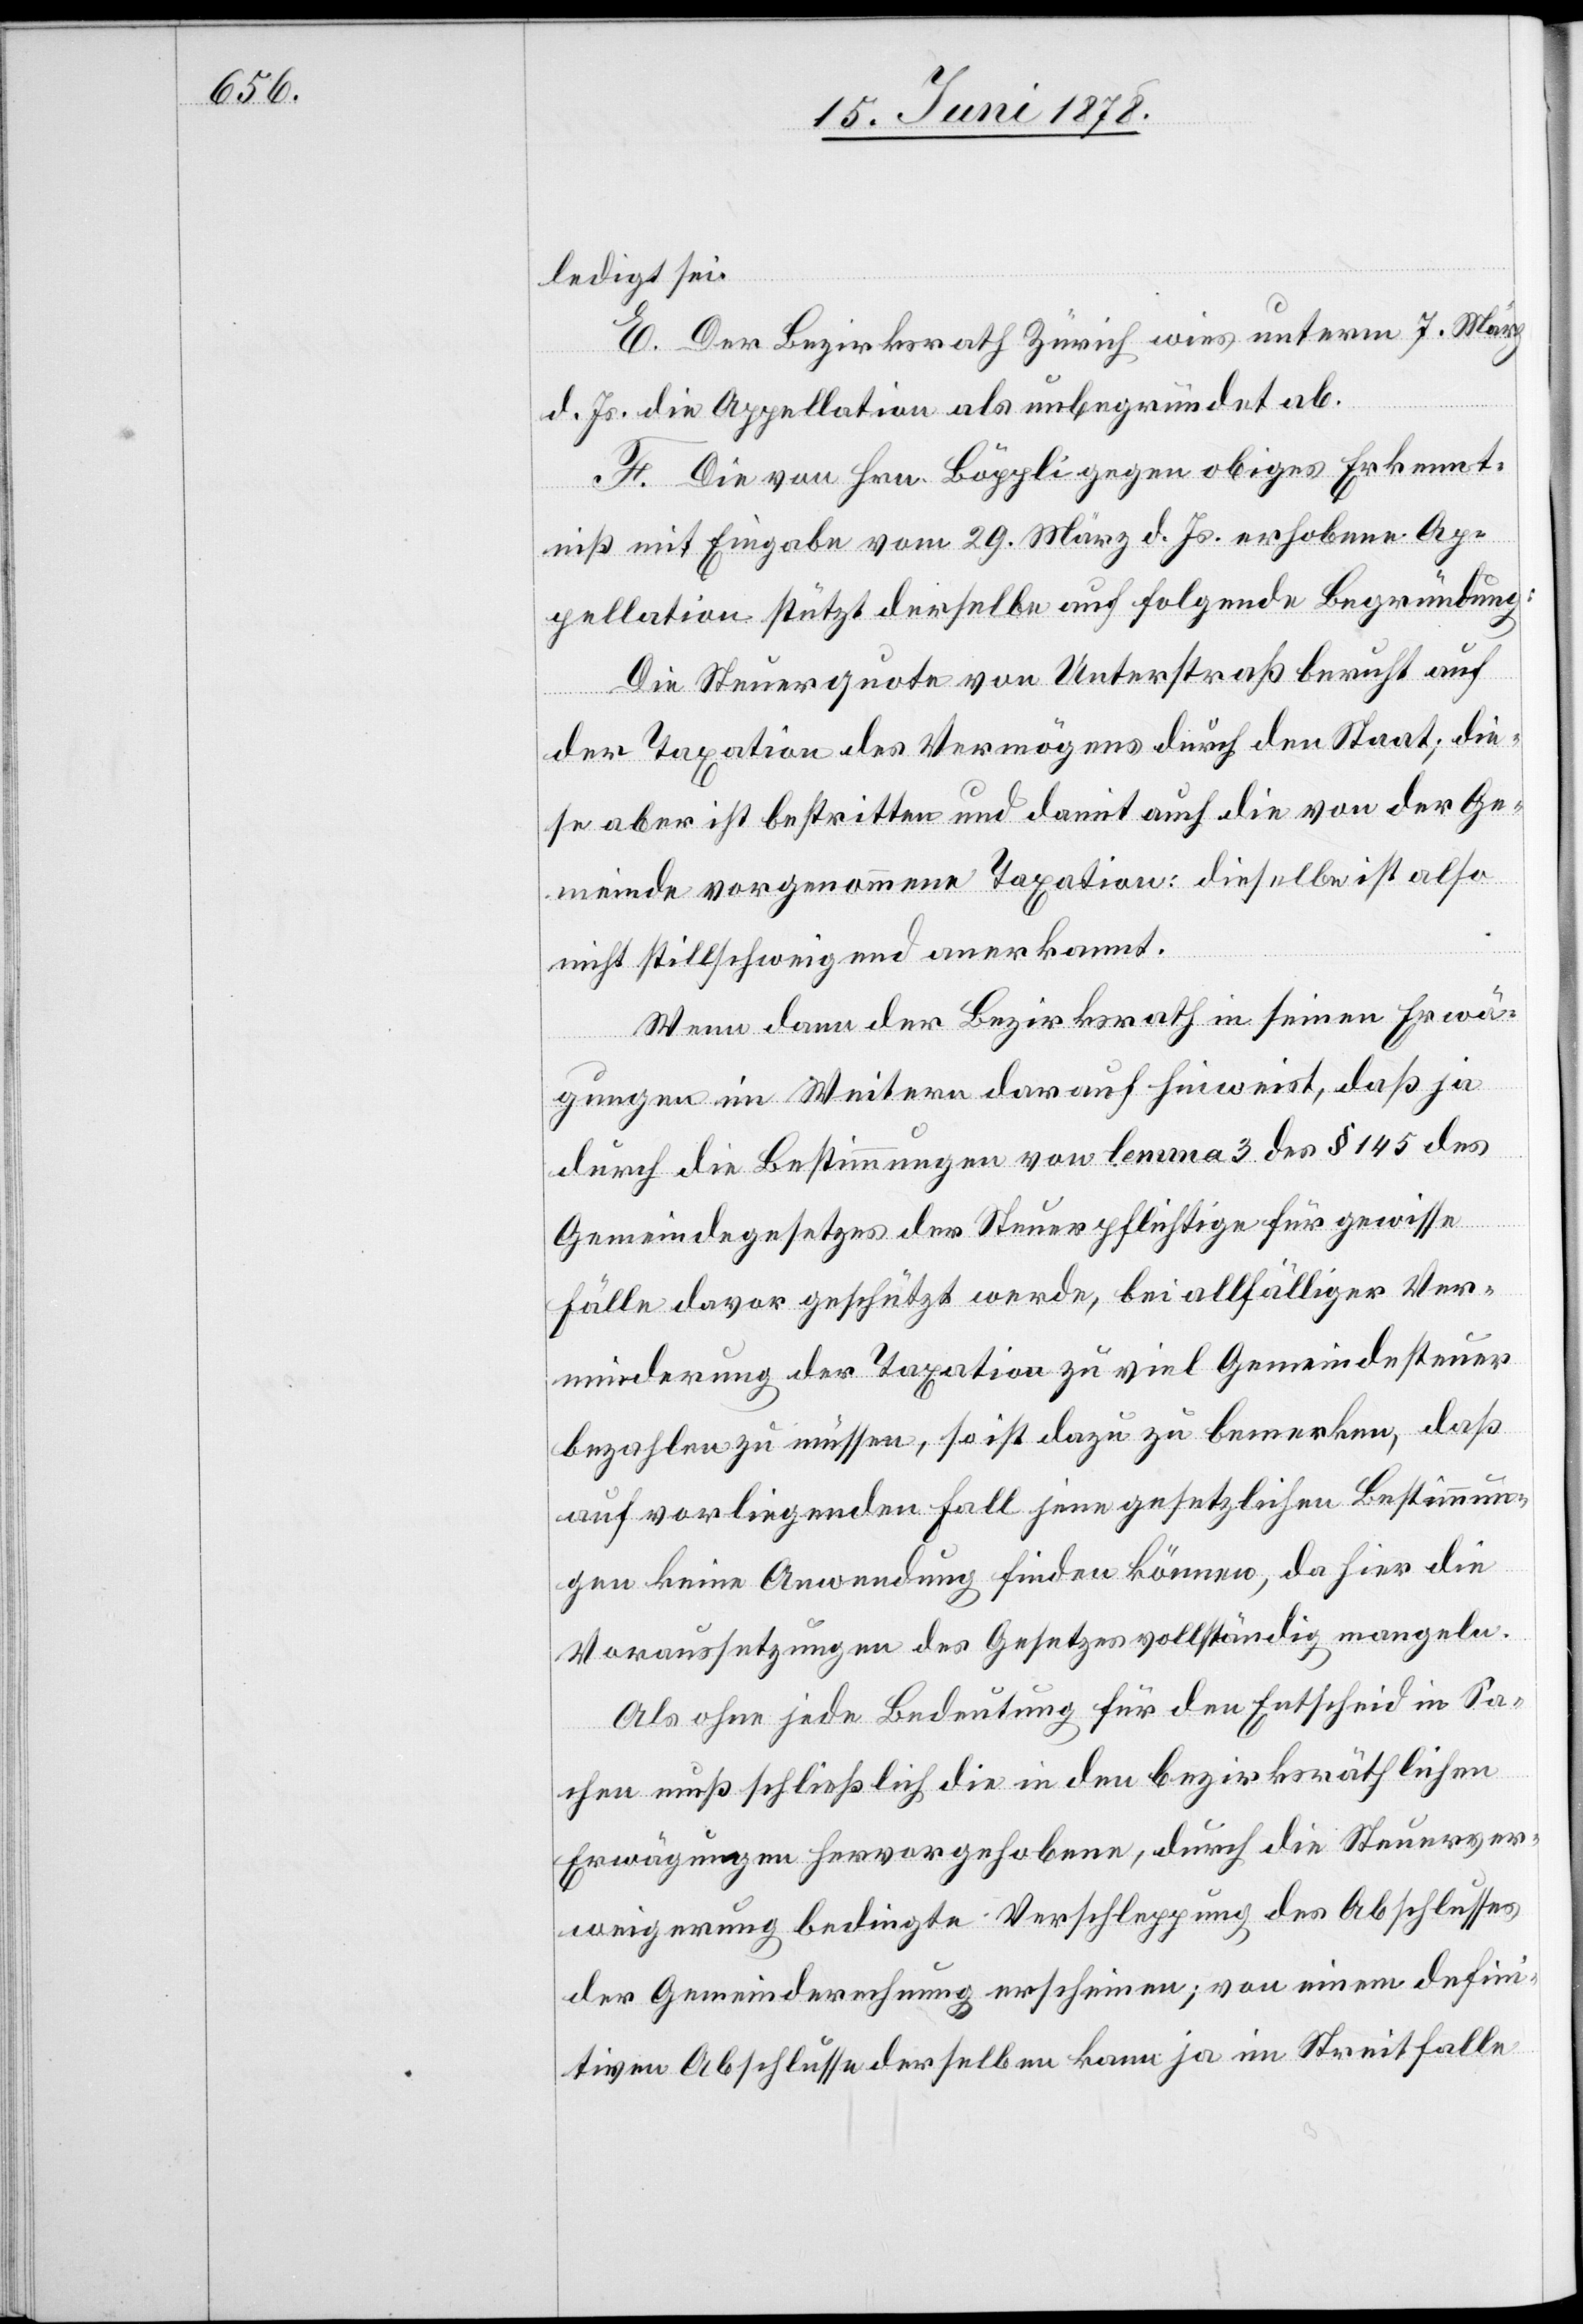
ledigt sei.
E. Der Bezirksrath Zürich wies unterm 7. März
d. Js. die Appellation als unbegründet ab.
F. Die von Hrn. Böppli gegen obiges Erkennt¬
niß mit Eingabe vom 29. März d. Js. erhobene Ap¬
pellation stützt derselbe auf folgende Begründung:
Die Steuerquote von Unterstraß beruht auf
der Taxation des Vermögens durch den Staat; die¬
se aber ist bestritten und damit auch die von der Ge¬
meinde vorgenommene Taxation: dieselbe ist also
nicht stillschweigend anerkannt.
Wenn dann der Bezirksrath in seinen Erwä¬
gungen im Weitern darauf hinweist, daß ja
durch die Bestimmungen von lemma 3 des § 145 des
Gemeindegesetzes der Steuerpflichtige für gewisse
Fälle davor geschützt werde, bei allfälliger Ver¬
minderung der Taxation zu viel Gemeindesteuer
bezahlen zu müssen, so ist dazu zu bemerken, daß
auf vorliegenden Fall jene gesetzlichen Bestimmun¬
gen keine Anwendung finden können, da hier die
Voraussetzungen des Gesetzes vollständig mangeln.
Als ohne jede Bedeutung für den Entscheid in Sa¬
chen muß schließlich die in den bezirksräthlichen
Erwägungen hervorgehobene, durch die Steuerver¬
weigerung bedingte Verschleppung des Abschlusses
der Gemeinderechnung erscheinen; von einem defini¬
tiven Abschlusse derselben kann ja im Streitfalle